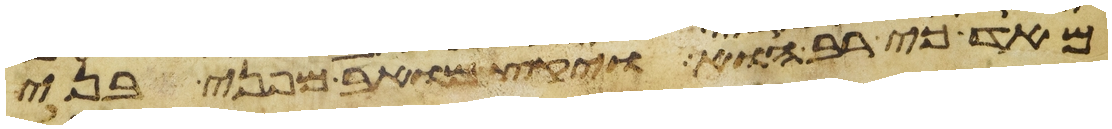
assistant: מאד כי רב הוא ויקץ מואב מפני בני